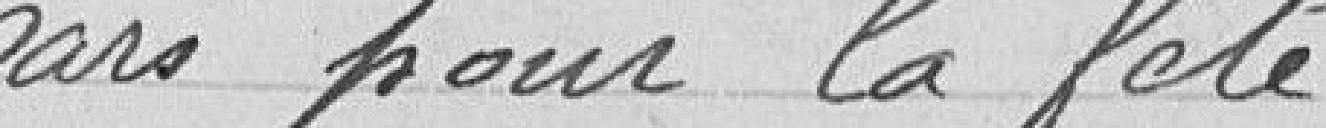
mars pour la fête